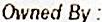
OWNED BY :